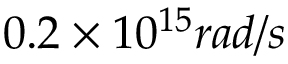
0 . 2 \times 1 0 ^ { 1 5 } r a d / s